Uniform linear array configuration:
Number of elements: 4
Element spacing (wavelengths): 1
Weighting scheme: hamming
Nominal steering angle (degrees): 60
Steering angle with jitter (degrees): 58.718
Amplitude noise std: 0.05
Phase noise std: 0.05

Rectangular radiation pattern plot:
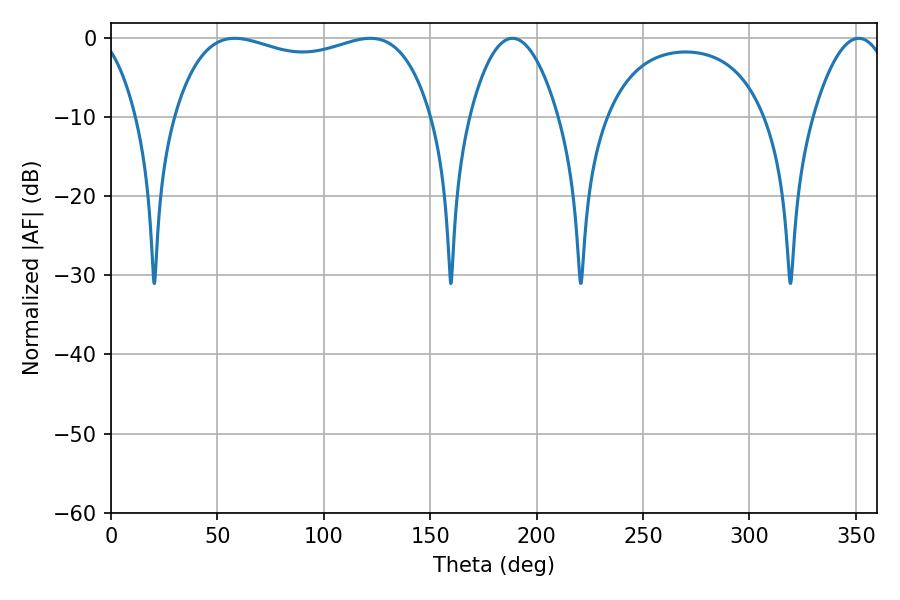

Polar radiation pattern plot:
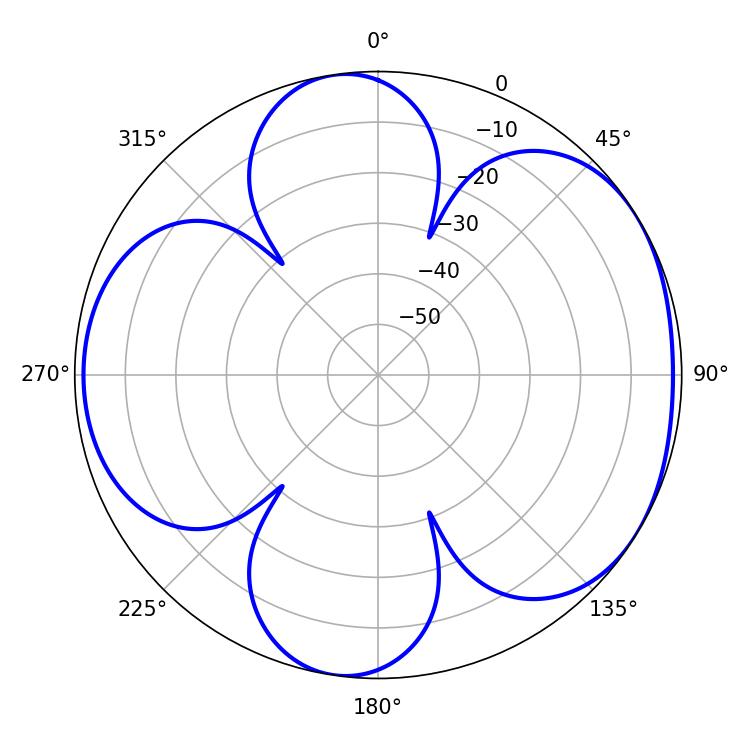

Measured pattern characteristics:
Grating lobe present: TRUE
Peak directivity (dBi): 5.101
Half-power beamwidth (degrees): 23.04
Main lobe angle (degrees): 188.64